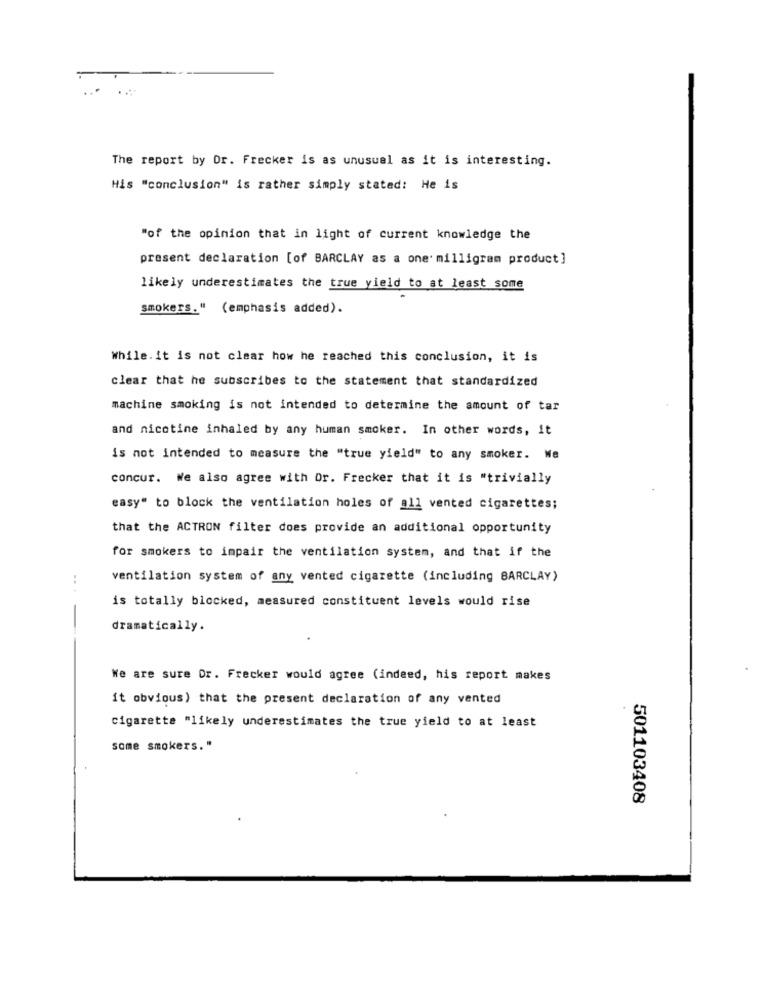
The report by Dr. Frecker is as unusual as it is interesting.
His "conclusion" is rather simply stated: He is
"of the opinion that in light of current knowledge the
present declaration [of BARCLAY as a one' milligram product]
likely underestimates the true yield to at least some
smokers." (emphasis added).
While. it is not clear how he reached this conclusion, it is
clear that he subscribes to the statement that standardized
machine smoking is not intended to determine the amount of tar
and nicotine inhaled by any human smoker. In other words, it
is not intended to measure the "true yield" to any smoker. We
concur. We also agree with Or. Frecker that it is "trivially
easy" to block the ventilation holes of all vented cigarettes;
that the ACTRON filter does provide an additional opportunity
for smokers to impair the ventilation system, and that if the
ventilation system of any vented cigarette (including BARCLAY)
.. .
is totally blocked, measured constituent levels would rise
dramatically.
We are sure Dr. Frecker would agree (indeed, his report makes
it obvious) that the present declaration of any vented
cigarette "likely underestimates the true yield to at least
some smokers."
501103408